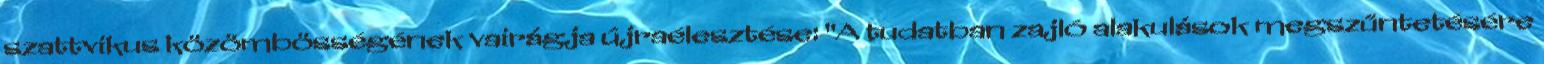
szattvikus közömbösségének vairágja újraélesztése: "A tudatban zajló alakulások megszűntetésére